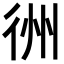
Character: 𢓟